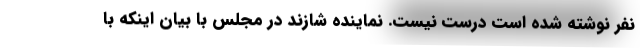
نفر نوشته شده است درست نیست. نماینده شازند در مجلس با بیان اینکه با